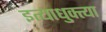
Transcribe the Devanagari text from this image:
इत्याधुक्त्या